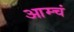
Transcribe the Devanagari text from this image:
आम्चं